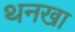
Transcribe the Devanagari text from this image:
थनखा